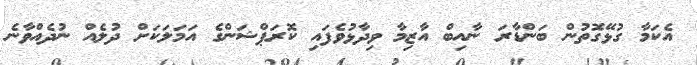
އެކަމާ ގުޅޭގޮތުން ބަންޑާރަ ނާއިބް އާޒިމާ ވިދާޅުވެފައި ކޮރަޕްޝަންގެ އަމަލަކަށް ދުލެއް ނުދެއްވާނެ